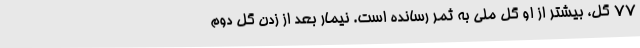
77 گل، بیشتر از او گل ملی به ثمر رسانده است. نیمار بعد از زدن گل دوم